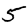
Digit: 5